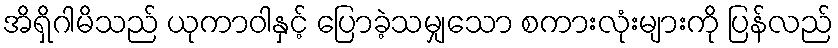
အိရှိဂါမိသည် ယုကာဝါနှင့် ပြောခဲ့သမျှသော စကားလုံးများကို ပြန်လည်